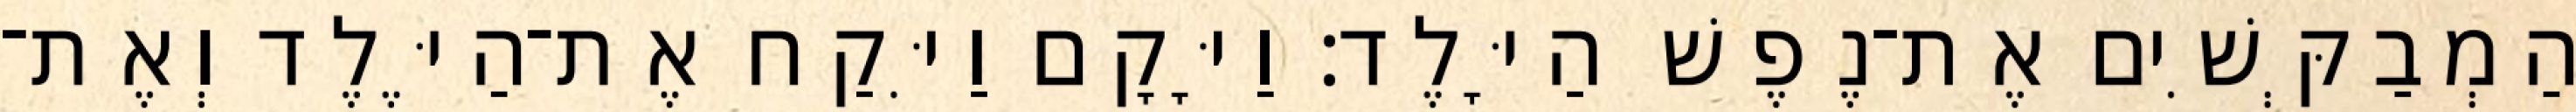
הַמְבַקְּשִׁים אֶת־נֶפֶשׁ הַיָּלֶד׃ וַיָּקָם וַיִּקַח אֶת־הַיֶּלֶד וְאֶת־